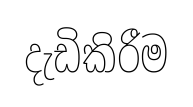
දැඩිකිරීම